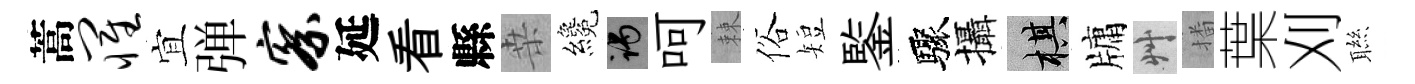
蒿罹宜弹察延看縣桒纔谒呵棘俗短鍳驟攝棋牗艸播葉刈聮